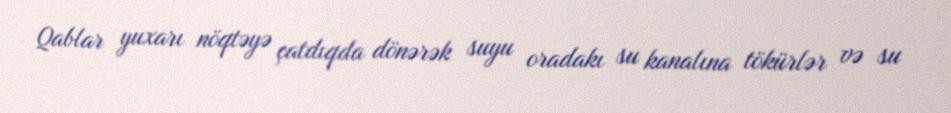
Qablar yuxarı nöqtəyə çatdıqda dönərək suyu oradakı su kanalına tökürlər və su